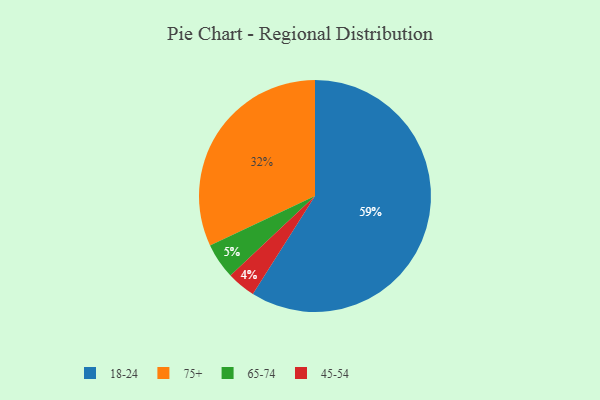
{"axis": {"x": "Category", "y": "Percentage"}, "legend": ["18-24", "45-54", "65-74", "75+"], "data": [{"x": "18-24", "y": 59, "type": "18-24"}, {"x": "75+", "y": 32, "type": "75+"}, {"x": "65-74", "y": 5, "type": "65-74"}, {"x": "45-54", "y": 4, "type": "45-54"}]}